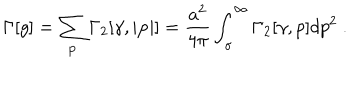
\Gamma [ g ] = \sum _ { \bf p } \Gamma _ { 2 } [ \gamma , | { \bf p } | ] = { \frac { a ^ { 2 } } { 4 \pi } } \int _ { \sigma } ^ { \infty } \Gamma _ { 2 } [ \gamma , p ] d p ^ { 2 } ~ .